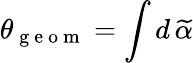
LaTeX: \theta_{\mathrm{~g~e~o~m~}}=\int d\, \widetilde{\alpha}